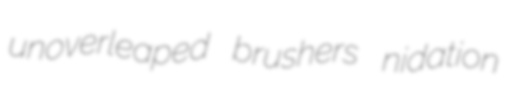
unoverleaped brushers nidation